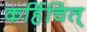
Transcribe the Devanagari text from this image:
कर्हिचित्